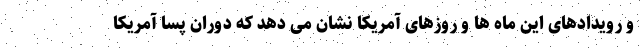
و رویدادهای این ماه ها و روزهای آمریکا نشان می دهد که دوران پسا آمریکا